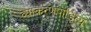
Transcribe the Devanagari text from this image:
व्याकरणपांडित्य